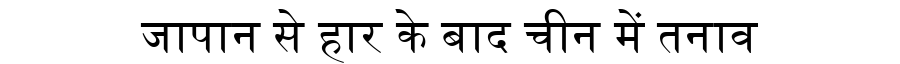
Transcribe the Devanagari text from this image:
जापान से हार के बाद चीन में तनाव